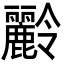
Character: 𪋭